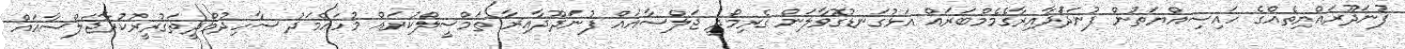
ފުނަދޫރައްޔިތެއްގެ ހައިސިއްޔަތުން ފުނަދަުދާއިރާގެމެމްބަރައް އަޅުގަނޑުގޮވާލަން ގެރިމޯދީ ޖަލްސާއައް ފުނަދޫދާއިރާ ތަމްސީލްކުރައް މުހައްމަދު ސާހިދުމޯދީތަގުރީރުކުރާޖަލްސާއައް